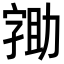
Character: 𭓖